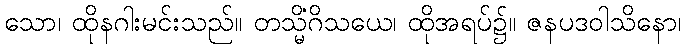
သော၊ ထိုနဂါးမင်းသည်။ တသ္မိံဂိသယေ၊ ထိုအရပ်၌။ ဇနပဒဝါသိနော၊